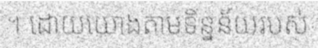
។ ដោយយោងតាមទិន្នន័យរបស់